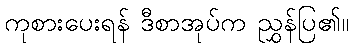
ကုစားပေးရန် ဒီစာအုပ်က ညွှန်ပြ၏။